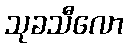
သုခသီလော